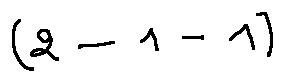
( 2 - 1 - 1 )